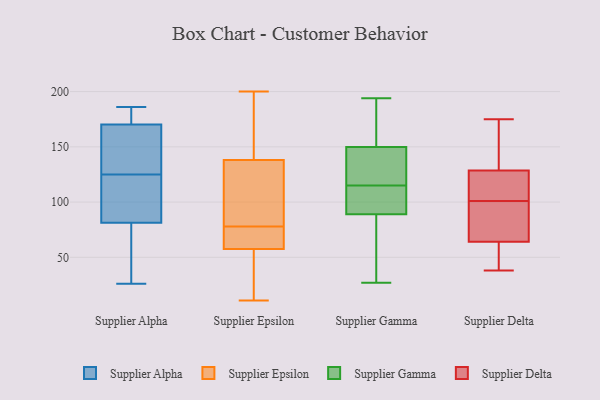
{"axis": {"x": "Churn Rate (%)", "y": "Value"}, "legend": ["Supplier Alpha", "Supplier Delta", "Supplier Epsilon", "Supplier Gamma"], "data": [{"x": "", "y": 170, "type": "Supplier Alpha"}, {"x": "", "y": 125, "type": "Supplier Alpha"}, {"x": "", "y": 171, "type": "Supplier Alpha"}, {"x": "", "y": 147, "type": "Supplier Alpha"}, {"x": "", "y": 79, "type": "Supplier Alpha"}, {"x": "", "y": 85, "type": "Supplier Alpha"}, {"x": "", "y": 105, "type": "Supplier Alpha"}, {"x": "", "y": 82, "type": "Supplier Alpha"}, {"x": "", "y": 109, "type": "Supplier Alpha"}, {"x": "", "y": 179, "type": "Supplier Alpha"}, {"x": "", "y": 144, "type": "Supplier Alpha"}, {"x": "", "y": 186, "type": "Supplier Alpha"}, {"x": "", "y": 176, "type": "Supplier Alpha"}, {"x": "", "y": 31, "type": "Supplier Alpha"}, {"x": "", "y": 125, "type": "Supplier Alpha"}, {"x": "", "y": 53, "type": "Supplier Alpha"}, {"x": "", "y": 26, "type": "Supplier Alpha"}, {"x": "", "y": 11, "type": "Supplier Epsilon"}, {"x": "", "y": 79, "type": "Supplier Epsilon"}, {"x": "", "y": 77, "type": "Supplier Epsilon"}, {"x": "", "y": 25, "type": "Supplier Epsilon"}, {"x": "", "y": 149, "type": "Supplier Epsilon"}, {"x": "", "y": 77, "type": "Supplier Epsilon"}, {"x": "", "y": 58, "type": "Supplier Epsilon"}, {"x": "", "y": 152, "type": "Supplier Epsilon"}, {"x": "", "y": 57, "type": "Supplier Epsilon"}, {"x": "", "y": 190, "type": "Supplier Epsilon"}, {"x": "", "y": 71, "type": "Supplier Epsilon"}, {"x": "", "y": 117, "type": "Supplier Epsilon"}, {"x": "", "y": 127, "type": "Supplier Epsilon"}, {"x": "", "y": 130, "type": "Supplier Epsilon"}, {"x": "", "y": 200, "type": "Supplier Epsilon"}, {"x": "", "y": 146, "type": "Supplier Epsilon"}, {"x": "", "y": 118, "type": "Supplier Epsilon"}, {"x": "", "y": 35, "type": "Supplier Epsilon"}, {"x": "", "y": 48, "type": "Supplier Epsilon"}, {"x": "", "y": 64, "type": "Supplier Epsilon"}, {"x": "", "y": 115, "type": "Supplier Gamma"}, {"x": "", "y": 94, "type": "Supplier Gamma"}, {"x": "", "y": 122, "type": "Supplier Gamma"}, {"x": "", "y": 27, "type": "Supplier Gamma"}, {"x": "", "y": 194, "type": "Supplier Gamma"}, {"x": "", "y": 185, "type": "Supplier Gamma"}, {"x": "", "y": 39, "type": "Supplier Gamma"}, {"x": "", "y": 110, "type": "Supplier Gamma"}, {"x": "", "y": 101, "type": "Supplier Gamma"}, {"x": "", "y": 149, "type": "Supplier Gamma"}, {"x": "", "y": 74, "type": "Supplier Gamma"}, {"x": "", "y": 152, "type": "Supplier Gamma"}, {"x": "", "y": 136, "type": "Supplier Gamma"}, {"x": "", "y": 105, "type": "Supplier Delta"}, {"x": "", "y": 97, "type": "Supplier Delta"}, {"x": "", "y": 175, "type": "Supplier Delta"}, {"x": "", "y": 38, "type": "Supplier Delta"}, {"x": "", "y": 126, "type": "Supplier Delta"}, {"x": "", "y": 42, "type": "Supplier Delta"}, {"x": "", "y": 54, "type": "Supplier Delta"}, {"x": "", "y": 77, "type": "Supplier Delta"}, {"x": "", "y": 131, "type": "Supplier Delta"}, {"x": "", "y": 110, "type": "Supplier Delta"}, {"x": "", "y": 74, "type": "Supplier Delta"}, {"x": "", "y": 131, "type": "Supplier Delta"}]}